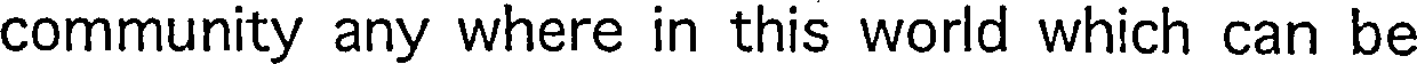
community any where in this world which can be